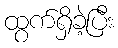
ထွက်ရှိခဲ့ပြီး